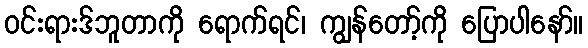
ဝင်းရားဒ်ဘူတာကို ရောက်ရင်၊ ကျွန်တော့်ကို ပြောပါနော်။